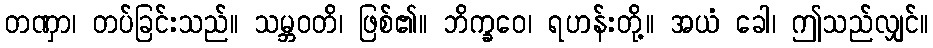
တဏှာ၊ တပ်ခြင်းသည်။ သမ္ဘဝတိ၊ ဖြစ်၏။ ဘိက္ခဝေ၊ ရဟန်းတို့။ အယံ ခေါ၊ ဤသည်လျှင်။